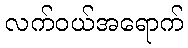
လက်ဝယ်အရောက်